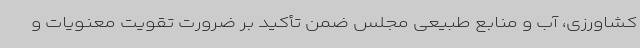
کشاورزی، آب و منابع طبیعی مجلس ضمن تأکید بر ضرورت تقویت معنویات و